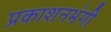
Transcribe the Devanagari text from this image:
प्रकाशनभंगी